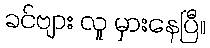
ခင်ဗျား လူ မှားနေပြီ။